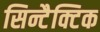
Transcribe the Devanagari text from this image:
सिन्टैक्टिक